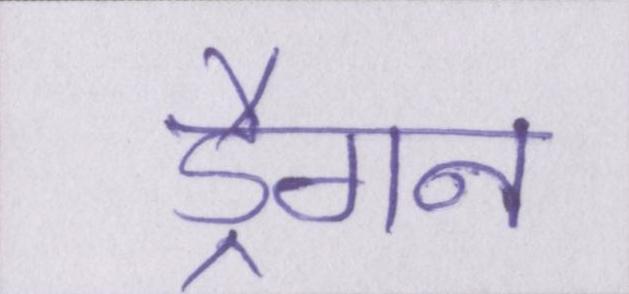
ड्रैगन